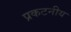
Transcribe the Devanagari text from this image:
प्रकटनीय